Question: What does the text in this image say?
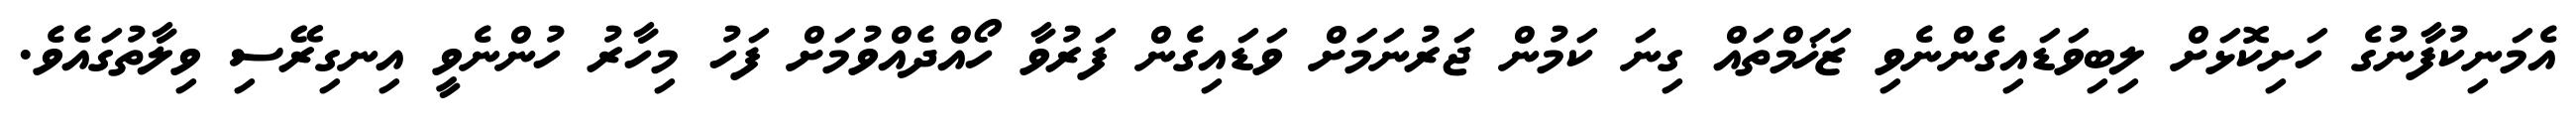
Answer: އެމަނިކުފާނުގެ ހަށިކޮޅަށް ލިބިވަޑައިގެންނެވި ޒަޚަމްތައް ގިނަ ކަމުން ޖަރުނަމަށް ވަޑައިގެން ފަރުވާ ހޯއްދެއްވުމަށް ފަހު މިހާރު ހުންނެވީ އިނގިރޭސި ވިލާތުގައެވެ.